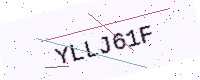
Text: YLLJ61F